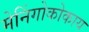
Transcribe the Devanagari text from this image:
मेनिंगोकोकाय